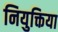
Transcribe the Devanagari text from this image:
नियुक्तिया